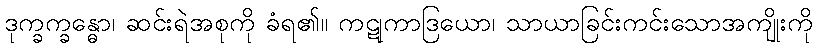
ဒုက္ခက္ခန္ဓော၊ ဆင်းရဲအစုကို ခံရ၏။ ကဋုကာဒြယော၊ သာယာခြင်းကင်းသောအကျိုးကို